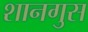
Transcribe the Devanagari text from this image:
शानगुस